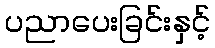
ပညာပေးခြင်းနှင့်